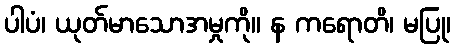
ပါပံ၊ ယုတ်မာသောအမှုကို။ န ကရောတိ၊ မပြု၊